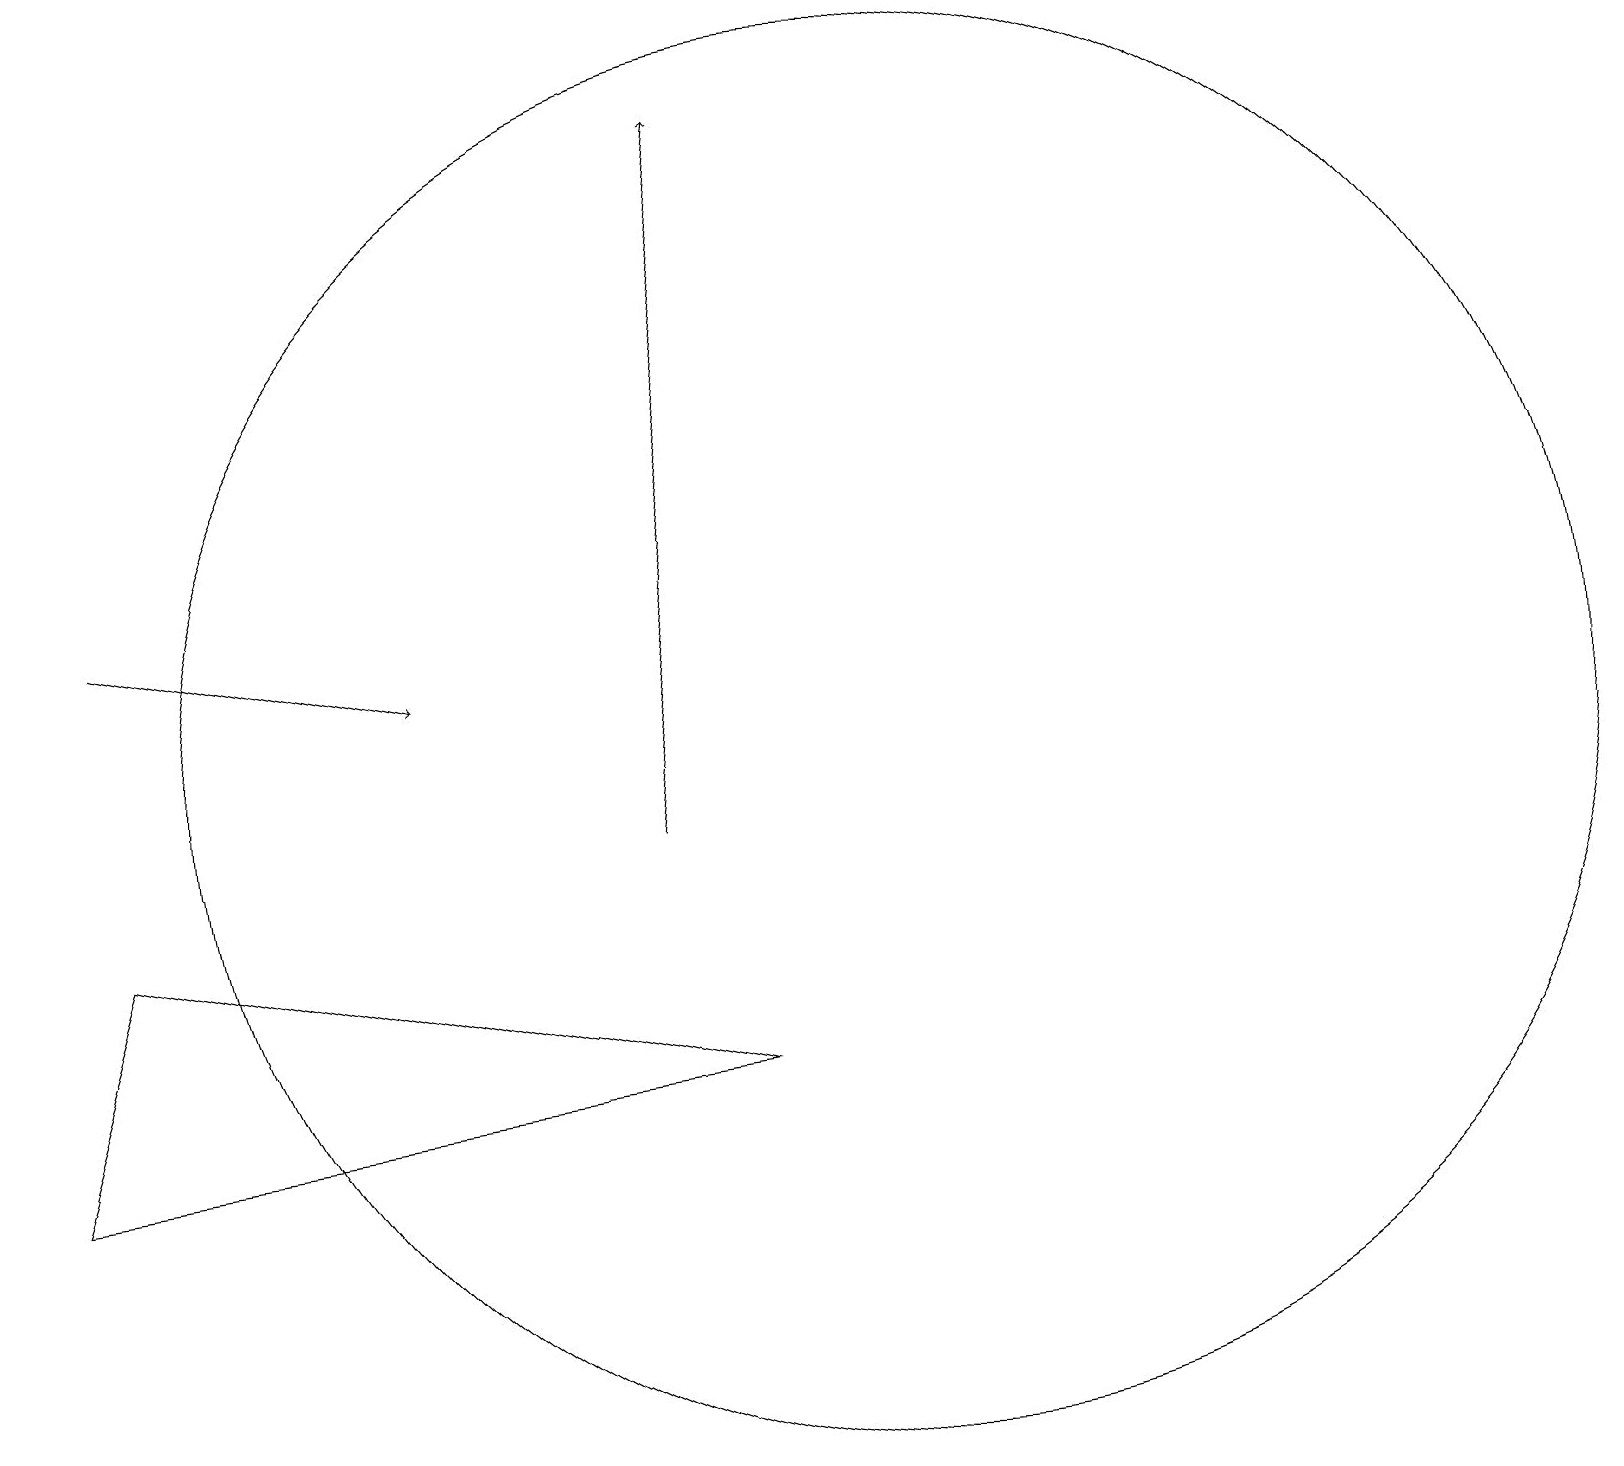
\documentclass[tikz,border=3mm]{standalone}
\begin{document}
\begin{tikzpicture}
\draw (11,11) circle (9);
\draw[->] (8,10) -- (9,19);
\draw (0,6) -- (1,9) -- (9,7) -- cycle;
\draw[->] (1,13) -- (5,12);
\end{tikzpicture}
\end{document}